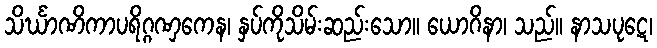
သိင်္ဃာဏိကာပရိဂ္ဂဏှကေန၊ နှပ်ကိုသိမ်းဆည်းသော။ ယောဂိနာ၊ သည်။ နာသပုဋေ၊